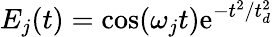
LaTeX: E_{j}(t)=\cos(\omega_{j}t)\mathrm{e}^{-t^{2}/t_{d}^{2}}